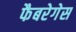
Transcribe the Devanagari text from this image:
फैबरेगेस